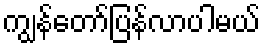
ကျွန်တော်ပြန်လာပါမယ်